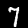
Digit: 7